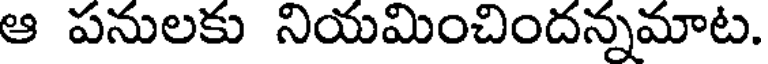
ఆ పనులకు నియమించిందన్నమాట.